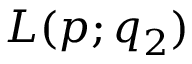
L ( p ; q _ { 2 } )